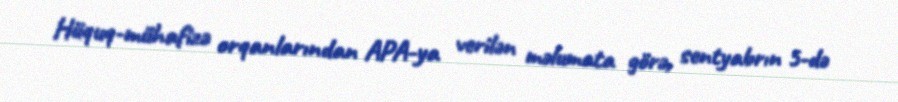
Hüquq-mühafizə orqanlarından APA-ya verilən məlumata görə, sentyabrın 5-də